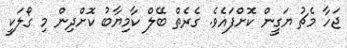
ޖަހާ މެޗު ޔަގީން ކޮށްފައެވެ. ގެރެތް ބޭލް ކާމިޔާބު ކޮށްދިން މި ގޯލަކީ